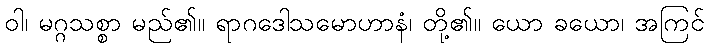
ဝါ၊ မဂ္ဂသစ္စာ မည်၏။ ရာဂဒေါသမောဟာနံ၊ တို့၏။ ယော ခယော၊ အကြင်